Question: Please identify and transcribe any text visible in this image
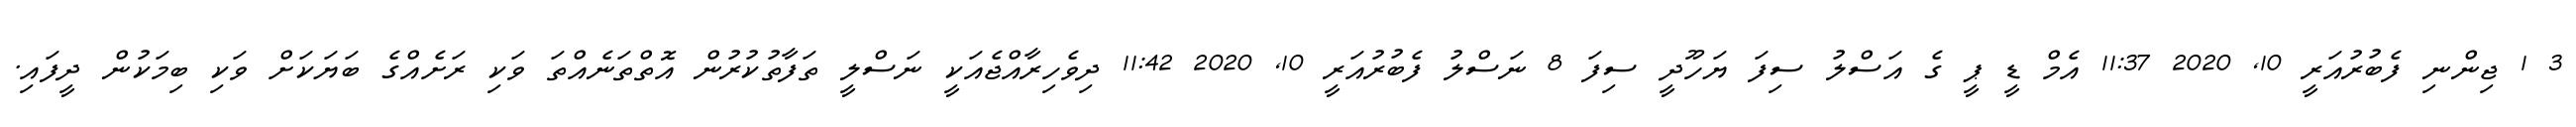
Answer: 3 1 ޖިންނި ފެބުރުއަރީ 10, 2020 11:37 އެމް ޑީ ޕީ ގެ އަސްލު ސިފަ ޔަހޫދީ ސިފަ 8 ނަސްލު ފެބުރުއަރީ 10, 2020 11:42 ދިވެހިރާއްޖެއަކީ ނަސްލީ ތަފާތުކުރުން އޮތްތަނެއްތަ ވަކި ރަށެއްގެ ބަޔަކަށް ވަކި ބިމަކުން ދީފައި.